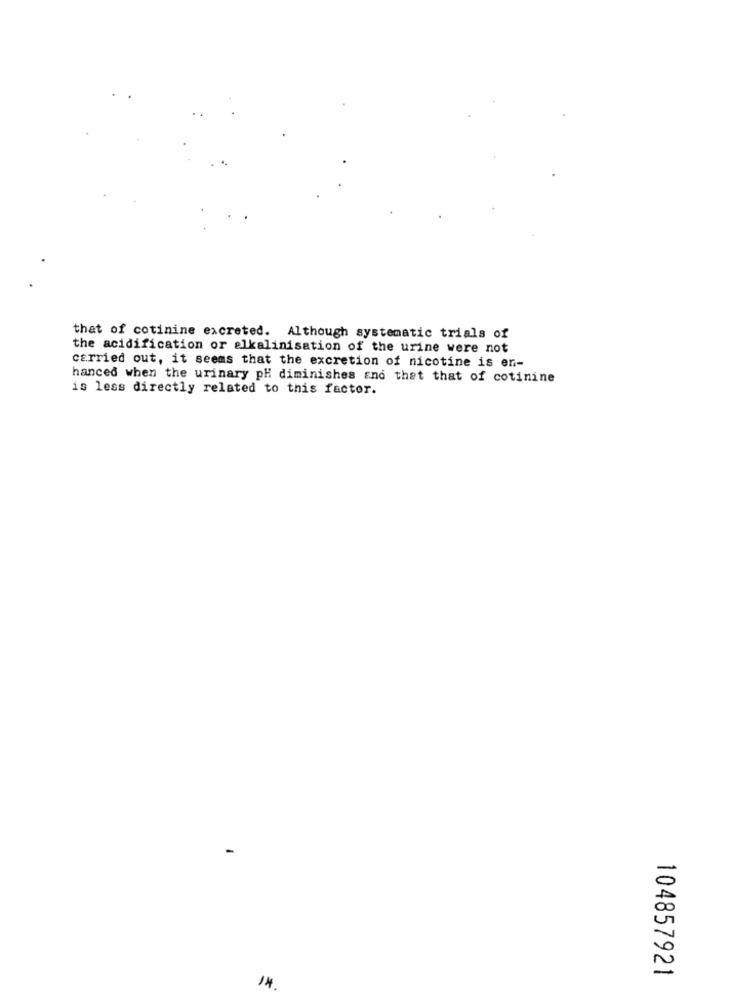
that of cotinine excreted. Although systematic trials of
the acidification or alkalinisation of the urine were not
carried out, it seems that the excretion of nicotine is en-
hanced when the urinary pH diminishes sno that that of cotinine
is less directly related to this factor.
104857921
14.